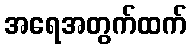
အရေအတွက်ထက်